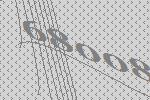
68008